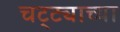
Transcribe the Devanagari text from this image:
चट्ट्याच्या